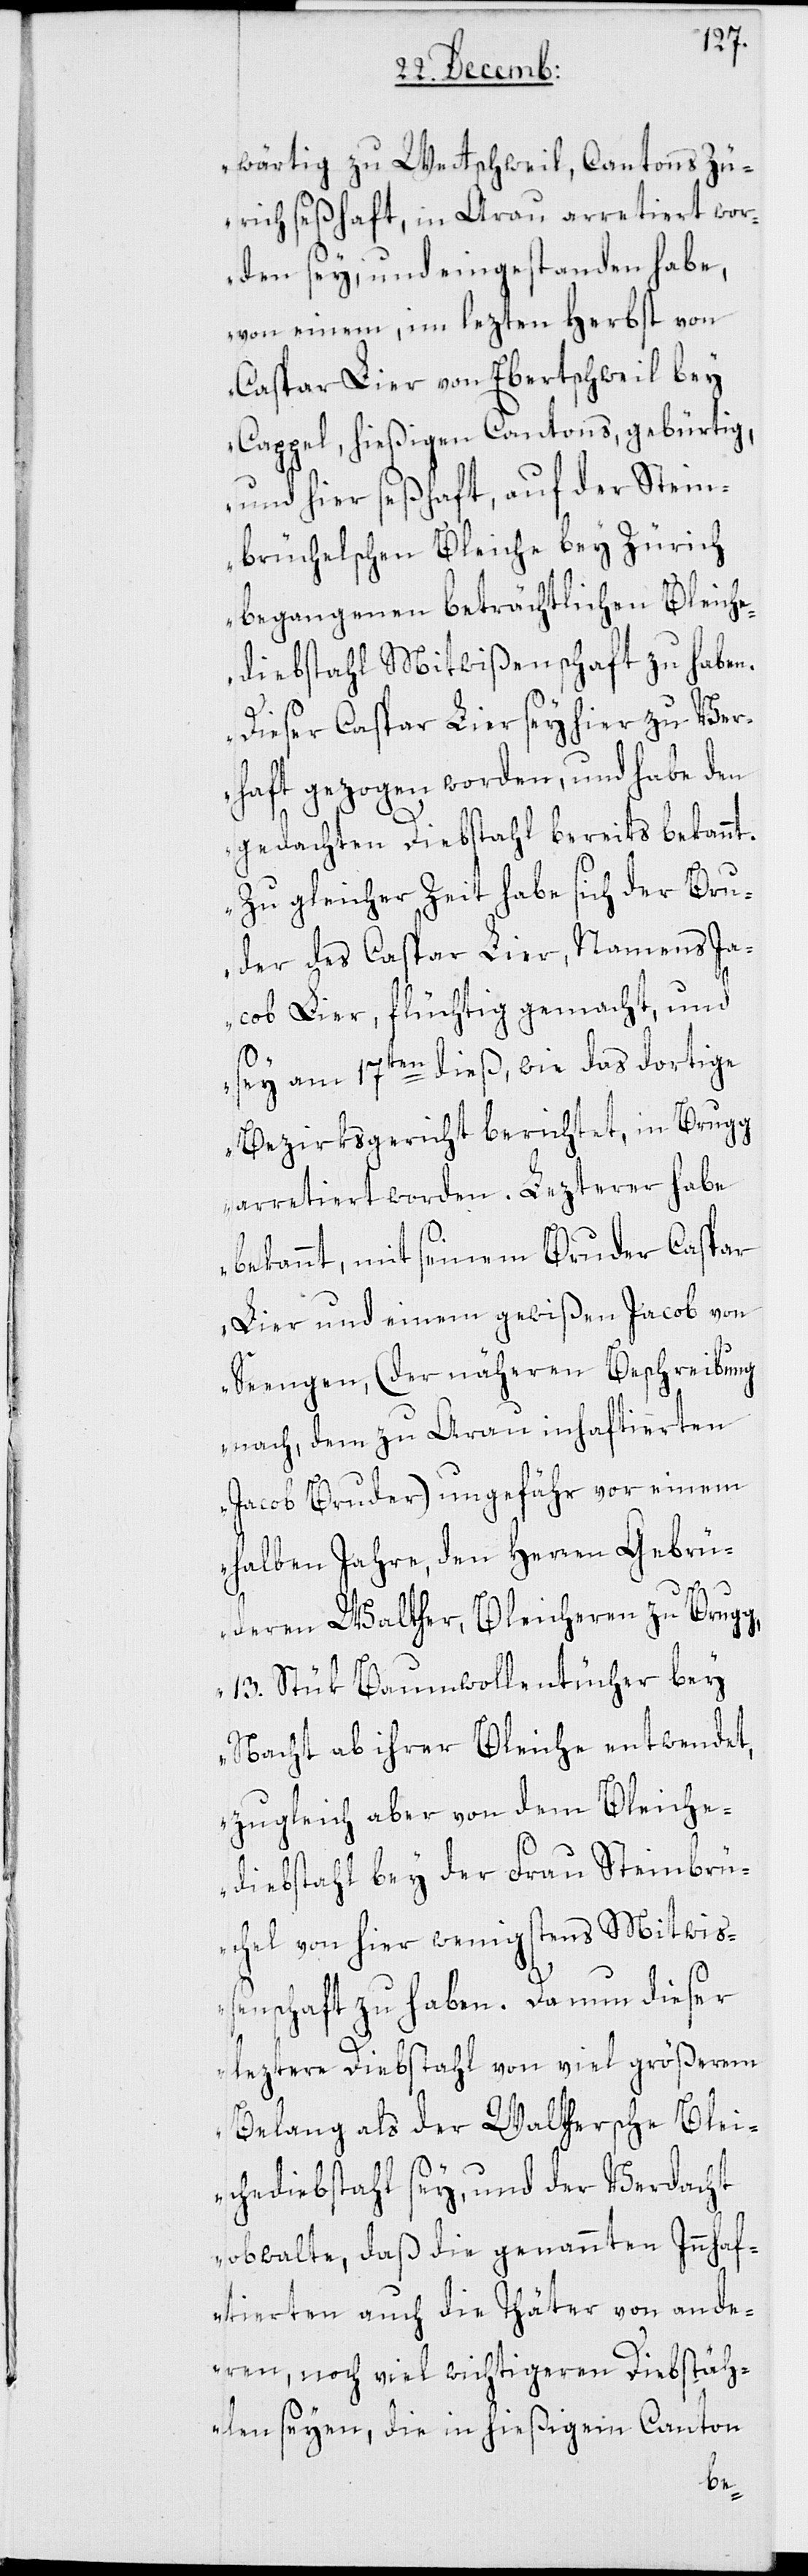
wärtig zu Wettschweil, Cantons Zü¬
rich, seßhaft, in Arau arretiert wor¬
den sey, und eingestanden habe,
von einem, im lezten Herbst von
Caspar Lier von Ebertschweil bey
Cappel, hießigen Cantons, gebürtig,
und hier seßhaft, auf der Stein¬
brüchelschen Bleiche bey Zürich
begangenen beträchtlichen Bleiche¬
diebstahl Mitwißenschaft zu haben.
Dieser Caspar Lier sey hier zur Ver¬
haft gezogen worden, und habe den
gedachten Diebstahl bereits bekannt.
Zu gleicher Zeit habe sich der Bru¬
der des Caspar Lier, Namens Ja¬
cob Lier, flüchtig gemacht, und
sey am 17ten dieß, wie das dortige
Bezirksgericht berichtet, in Brugg
arretiert worden. Lezterer habe
bekannt, mit seinem Bruder Caspar
Lier und einem gewißen Jacob von
Seengen (der näheren Beschreibung
nach, dem zu Arau inhaftierten
Jacob Bruder) ungefähr vor einem
halben Jahre, den Herren Gebrü¬
deren Walther, Bleicheren zu Brugg,
13. Stück Baumwollentücher bey
Nacht ab ihrer Bleiche entwendet,
zugleich aber von dem Bleiche¬
diebstahl bey der Frau Steinbrü¬
chel von hier wenigstens Mitwi¬
ßenschaft zu haben. Da nun dieser
leztere Diebstahl von viel größerem
Belang als der Walthersche Blei¬
chediebstahl sey, und der Verdacht
obwalte, daß die genannten Innhaf¬
tierten auch die Thäter von ande¬
ren, noch viel wichtigeren Diebstäh¬
len seyen, die in hießigem Canton